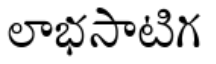
లాభసాటిగ